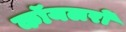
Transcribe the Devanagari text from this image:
कॉयलरों